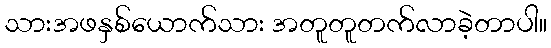
သားအဖနှစ်ယောက်သား အတူတူတက်လာခဲ့တာပါ။